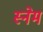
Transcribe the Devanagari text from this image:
स्नेम